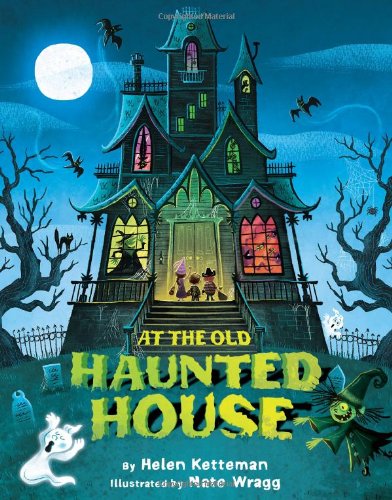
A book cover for At the Old Haunted House; Helen Ketteman; Children's Books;